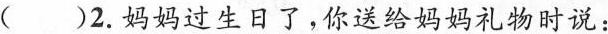
( )2.妈妈过生日了,你送给妈妈礼物时说: